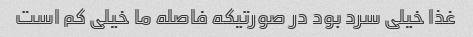
غذا خیلی سرد بود در صورتیکه فاصله ما خیلی کم است